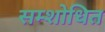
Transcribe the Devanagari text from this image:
सम्शोधित